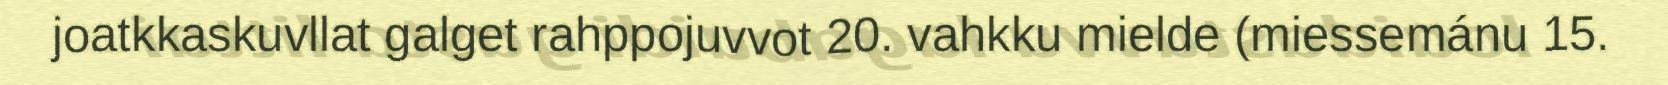
joatkkaskuvllat galget rahppojuvvot 20. vahkku mielde (miessemánu 15.